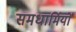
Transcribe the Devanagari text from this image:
समधार्मियों